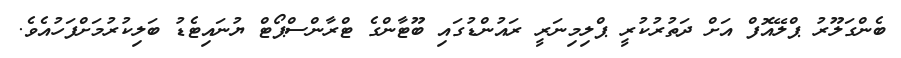
ބެންގަލޫރު ޕްލޭއޮފް އަށް ދަތުރުކުރީ ޕްލިމިނަރީ ރައުންޑުގައި ބޫޓާންގެ ޓްރާންސްޕޯޓް ޔުނައިޓެޑު ބަލިކުރުމަށްފަހުއެވެ.